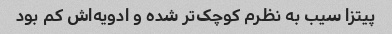
پیتزا سیب به نظرم کوچک‌تر شده و ادویه‌اش کم بود